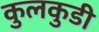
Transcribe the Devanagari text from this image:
कुलकुडी